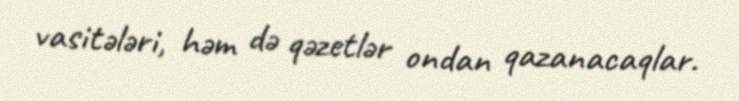
vasitələri, həm də qəzetlər ondan qazanacaqlar.